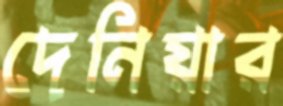
দেনিয়ার